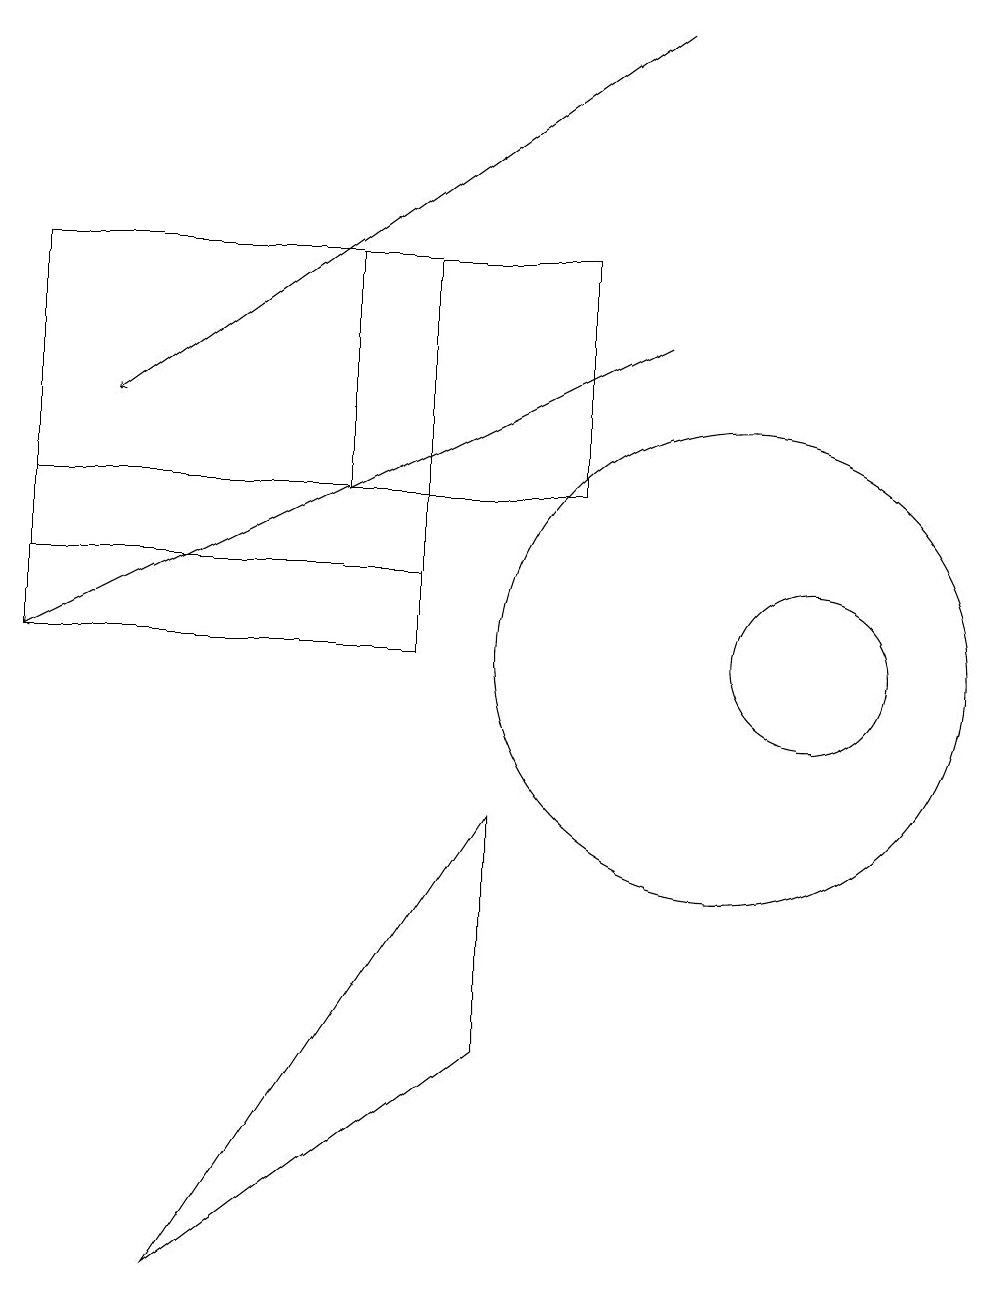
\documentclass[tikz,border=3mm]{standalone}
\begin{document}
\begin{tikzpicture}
\draw[->] (9,19) -- (2,14);
\draw (11,11) circle (1);
\draw (10,11) circle (3);
\draw (8,13) rectangle (5,16);
\draw[->] (9,15) -- (1,11);
\draw (7,6) -- (7,9) -- (3,3) -- cycle;
\draw (6,16) rectangle (1,12);
\draw (6,11) rectangle (1,13);
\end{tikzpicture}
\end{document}